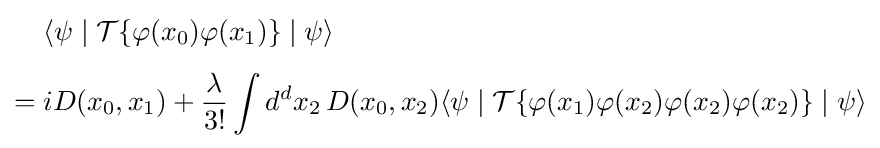
{\begin{aligned}&\langle \psi \mid {\mathcal {T}}\{\varphi (x_{0})\varphi (x_{1})\}\mid \psi \rangle \\[4pt]={}&iD(x_{0},x_{1})+{\frac {\lambda }{3!}}\int d^{d}x_{2}\,D(x_{0},x_{2})\langle \psi \mid {\mathcal {T}}\{\varphi (x_{1})\varphi (x_{2})\varphi (x_{2})\varphi (x_{2})\}\mid \psi \rangle \end{aligned}}